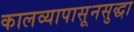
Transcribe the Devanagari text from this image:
कालव्यापासूनसुद्धा